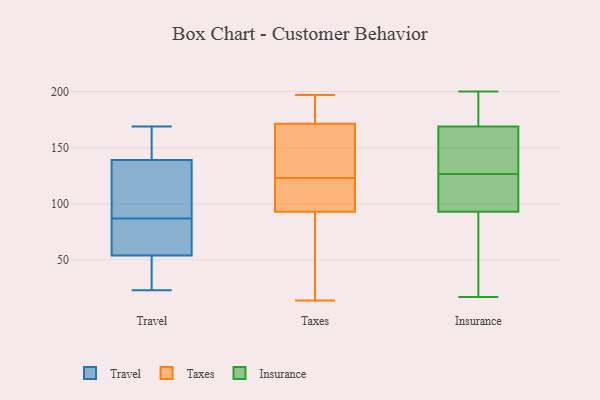
{"axis": {"x": "Market Share (%)", "y": "Value"}, "legend": ["Insurance", "Taxes", "Travel"], "data": [{"x": "", "y": 85, "type": "Travel"}, {"x": "", "y": 116, "type": "Travel"}, {"x": "", "y": 139, "type": "Travel"}, {"x": "", "y": 89, "type": "Travel"}, {"x": "", "y": 54, "type": "Travel"}, {"x": "", "y": 23, "type": "Travel"}, {"x": "", "y": 167, "type": "Travel"}, {"x": "", "y": 169, "type": "Travel"}, {"x": "", "y": 46, "type": "Travel"}, {"x": "", "y": 83, "type": "Travel"}, {"x": "", "y": 28, "type": "Travel"}, {"x": "", "y": 100, "type": "Travel"}, {"x": "", "y": 141, "type": "Travel"}, {"x": "", "y": 75, "type": "Travel"}, {"x": "", "y": 98, "type": "Taxes"}, {"x": "", "y": 78, "type": "Taxes"}, {"x": "", "y": 175, "type": "Taxes"}, {"x": "", "y": 99, "type": "Taxes"}, {"x": "", "y": 34, "type": "Taxes"}, {"x": "", "y": 14, "type": "Taxes"}, {"x": "", "y": 170, "type": "Taxes"}, {"x": "", "y": 118, "type": "Taxes"}, {"x": "", "y": 123, "type": "Taxes"}, {"x": "", "y": 150, "type": "Taxes"}, {"x": "", "y": 62, "type": "Taxes"}, {"x": "", "y": 169, "type": "Taxes"}, {"x": "", "y": 184, "type": "Taxes"}, {"x": "", "y": 197, "type": "Taxes"}, {"x": "", "y": 178, "type": "Taxes"}, {"x": "", "y": 134, "type": "Taxes"}, {"x": "", "y": 113, "type": "Taxes"}, {"x": "", "y": 50, "type": "Insurance"}, {"x": "", "y": 35, "type": "Insurance"}, {"x": "", "y": 154, "type": "Insurance"}, {"x": "", "y": 43, "type": "Insurance"}, {"x": "", "y": 200, "type": "Insurance"}, {"x": "", "y": 103, "type": "Insurance"}, {"x": "", "y": 124, "type": "Insurance"}, {"x": "", "y": 93, "type": "Insurance"}, {"x": "", "y": 129, "type": "Insurance"}, {"x": "", "y": 167, "type": "Insurance"}, {"x": "", "y": 99, "type": "Insurance"}, {"x": "", "y": 189, "type": "Insurance"}, {"x": "", "y": 180, "type": "Insurance"}, {"x": "", "y": 17, "type": "Insurance"}, {"x": "", "y": 184, "type": "Insurance"}, {"x": "", "y": 96, "type": "Insurance"}, {"x": "", "y": 137, "type": "Insurance"}, {"x": "", "y": 169, "type": "Insurance"}]}